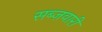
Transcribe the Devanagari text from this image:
सब्ज़वारी